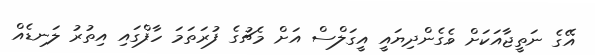
އޭގެ ނަތީޖާއަކަށް ވެގެންދިޔައީ އީގަލްސް އަށް މެޗުގެ ފުރަތަމަ ހާފްގައި އިތުރު ލަނޑެއް